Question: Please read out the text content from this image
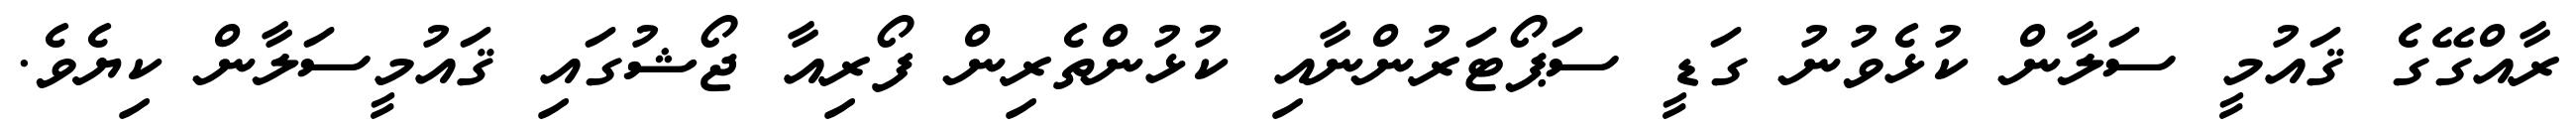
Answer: ރާއްގޭގެ ޤައުމީ ސަލާން ކުޅެވުނު ގަޑީ ސަޕޯޓަރުންނާއި ކުޅުންތެރިން ފޯރިއާ ޖޯޝުގައި ޤައުމީސަލާން ކިޔެވެ.